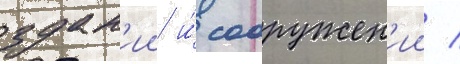
здан'ии и́ сооружен'ии /